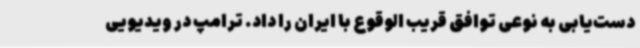
دست‌یابی به نوعی توافق قریب الوقوع با ایران را داد. ترامپ در ویدیویی